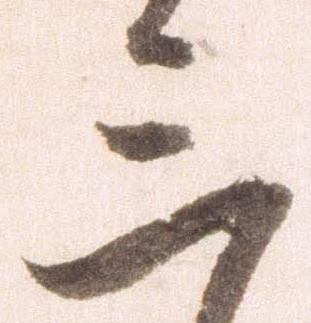
三